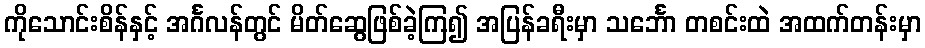
ကိုသောင်းစိန်နှင့် အင်္ဂလန်တွင် မိတ်ဆွေဖြစ်ခဲ့ကြ၍ အပြန်ခရီးမှာ သင်္ဘော တစင်းထဲ အထက်တန်းမှာ